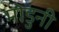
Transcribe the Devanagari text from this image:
मोडुनी